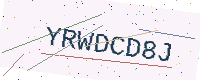
Text: YRWDCD8J